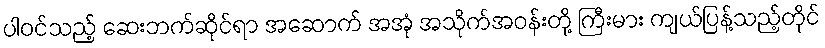
ပါဝင်သည့် ဆေးဘက်ဆိုင်ရာ အဆောက် အအုံ အသိုက်အဝန်းတို့ ကြီးမား ကျယ်ပြန့်သည့်တိုင်